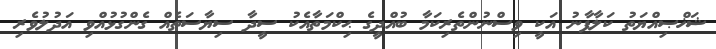
ޝަޚްޞިއްޔަތު ކަލާފާނު އަކީ ވިސްނުންތެރިކަމާ ބުއްދީގެ ޙިކްމަތާއެކު ސީދާ ސިޔާސަތެއް ގެންގުޅުއްވި އަދުލުވެރި